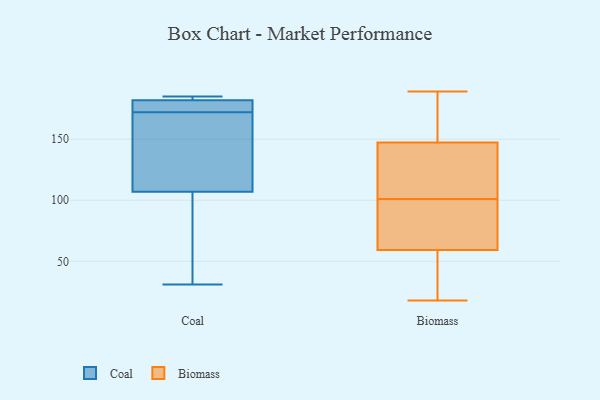
{"axis": {"x": "Waste Production (Tons)", "y": "Value"}, "legend": ["Biomass", "Coal"], "data": [{"x": "", "y": 182, "type": "Coal"}, {"x": "", "y": 107, "type": "Coal"}, {"x": "", "y": 171, "type": "Coal"}, {"x": "", "y": 112, "type": "Coal"}, {"x": "", "y": 31, "type": "Coal"}, {"x": "", "y": 185, "type": "Coal"}, {"x": "", "y": 173, "type": "Coal"}, {"x": "", "y": 179, "type": "Coal"}, {"x": "", "y": 184, "type": "Coal"}, {"x": "", "y": 73, "type": "Coal"}, {"x": "", "y": 108, "type": "Biomass"}, {"x": "", "y": 126, "type": "Biomass"}, {"x": "", "y": 54, "type": "Biomass"}, {"x": "", "y": 57, "type": "Biomass"}, {"x": "", "y": 60, "type": "Biomass"}, {"x": "", "y": 99, "type": "Biomass"}, {"x": "", "y": 47, "type": "Biomass"}, {"x": "", "y": 101, "type": "Biomass"}, {"x": "", "y": 107, "type": "Biomass"}, {"x": "", "y": 90, "type": "Biomass"}, {"x": "", "y": 189, "type": "Biomass"}, {"x": "", "y": 174, "type": "Biomass"}, {"x": "", "y": 147, "type": "Biomass"}, {"x": "", "y": 156, "type": "Biomass"}, {"x": "", "y": 18, "type": "Biomass"}, {"x": "", "y": 67, "type": "Biomass"}, {"x": "", "y": 148, "type": "Biomass"}]}